Bombay plague: being a history of the progress of plague in the Bombay presidency from September 1896 to June 1899
Year: 1896
Disease focus: Plague
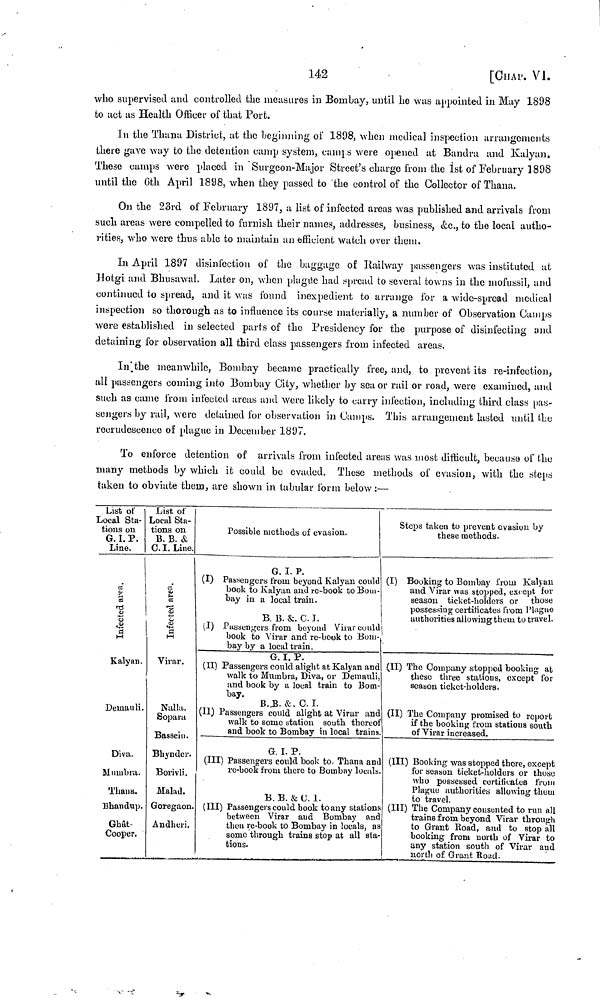
142
[CHAP. VI.
who supervised and controlled the measures in Bombay, until he was appointed in May 1898
to act as Health Officer of that Port.
In the Thana District, at the beginning of 1898, when medical inspection arrangements
there gave way to the detention camp system, camps were opened at Bandra and Kalyan.
These camps were placed in Surgeon-Major Street's charge from the 1st of February 1898
until the 6th April 1898, when they passed to "the control of the Collector of Thana.
On the 23rd of February 1897, a list of infected areas was published and arrivals from
such areas were compelled to furnish their names, addresses, business, &c., to the local autho-
rities, who were thus able to maintain an officient watch over them.
In April 1897 disinfection of the baggage of Railway passengers was instituted at
Hotgi and Bhusawal. Later on, when plague had spread to several towns in the mofussil, and
continued to spread, and it was found inexpedient to arrange for a wide-spread medical
inspection so thorough as to influence its course materially, a number of Observation Camps
were established in selected parts of the Presidency for the purpose of disinfecting and
detaining for observation all third class passengers from infected areas.
In the meanwhile, Bombay became practically free, and, to prevent its re-infection,
all passengers coming into Bombay City, whether by sea or rail or road, were examined, and
such as came from infected areas and were likely to carry infection, including third class pas-
sengers by rail, were detained for observation in Camps. This arrangement lasted until the
recrudescence of plague in December 1897.
To enforce detention of arrivals from infected areas was most difficult, because of the
many methods by which it could be evaded. These methods of evasion, with the steps
taken to obviate them, are shown in tabular form below :—
List of
Local Sta-
tions on
G. I. P.
Line.
Infected area.
a
Kalyan.
Demauli.
Diva.
M umbra.
Thana.
Bhandup.
Ghat-
Cooper.
List of
Local Sta-
tions on
Β. Β. &
C.I.Line.
R
Infected ara.
Virar.
Nolla.
Sopara
Bassein.
Bhynder.
Borivli.
Malad.
Goregaon.
Andheri.
Possible methods of evasion.
G. I. P.
(I) Passengers from beyond Kalyan could
book to Kalyan and re-book to Bom-
bay in a local train.
...
B. B. &. C. I.
(I) Passengers from beyond Virar could
book to Virar and re-book to Bom-
bay by a local train.
G. I. P.
(II) Passengers could alight at Kalyan and
walk to Mumbra, Diva, or Demauli,
and book by a local train to Bora-
bay.
B.B. &. C. I.
(II) Passengers could alight at Virar and
walk to some station south thereof
and book to Bombay in local trains
G. I. P.
(III) Passengers could book to Thana am
re-book from there to Bombay locals
B. B. &C. 1.
(III) Passengers could book to any stations
between Virar and Bombay and
then re-book to Bombay in locals, as
some through trains stop at all sta-
tions.
Steps taken to prevent evasion by
these methods.
(I) Booking to Bombay from Kalyan
and Virar was stopped, except for
season ticket-holders or those
possessing certificates from Plague
authorities allowing them to travel.
(II) The Company stopped booking at
these three stations, except for
season ticket-holders.
(II) The Company promised to report
if the booking from stations south.
of Virar increased.
(III) Booking was stopped there, except
for season ticket-holders or those
who possessed certificates from
Plague authorities allowing them
to travel.
(III) The Company consented to run all
trains from beyond Virar through
to Grant Road, and to stop all
hooking from north of Virar to
any station south of Virar and
north of Grant Road.